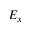
E _ { x }